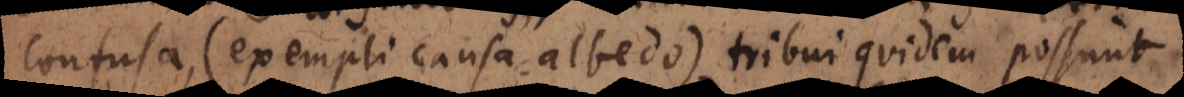
confusa (exempli causa albedo), tribui quidem possunt